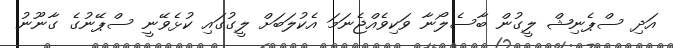
އަދި ސްޕެނިޝް ލީގުން ބާސެލޯނާ ވަކިވެއްޖެނަމަ އެކުލަބަށް ލީގުގައި ކުޅެވޭނީ ސްޕޭނުގެ ގާނޫނު